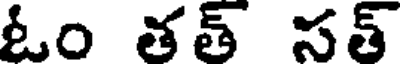
ఓం తత్ సత్